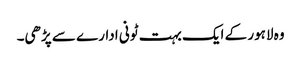
وہ لاہور کے ایک بہت ٹونی ادارے سے پڑھی۔